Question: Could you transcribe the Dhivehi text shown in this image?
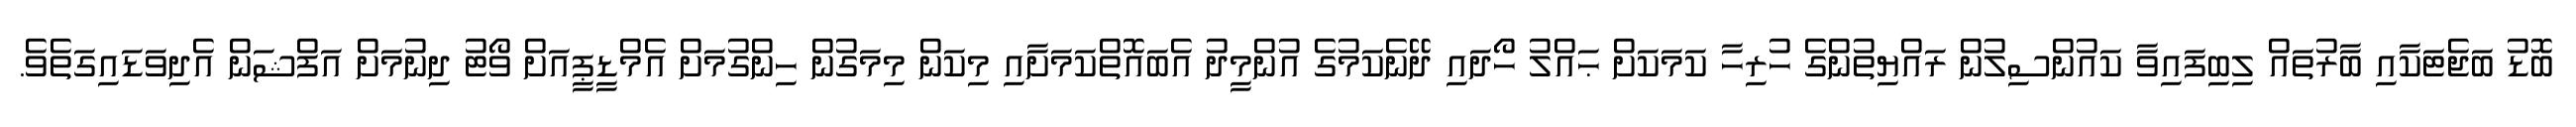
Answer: ބޮޑު ބަޖެޓަކާއި ބާރުތައް ލިބިފައިވާ ކައުންސިލުން ރައްޔިތުންގެ ހުރިހާ ކަމަކަށް ޙައްލު ހޯދައި ދޭނެކަމުގެ އުންމީދު އެބައޮތްކަމަށާއި މިކަން މިމަގުން ހިންގުމަށް އެމްޑީޕީއަށް ވޯޓު ދިނުމަށް އަފްޝަން އެދިވަޑައިގަތެވެ.